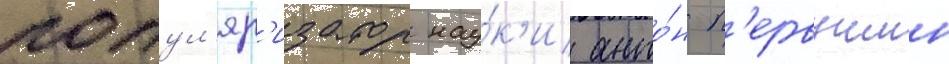
попул'яр'изатор нау́к'и анто́н п'ервушин